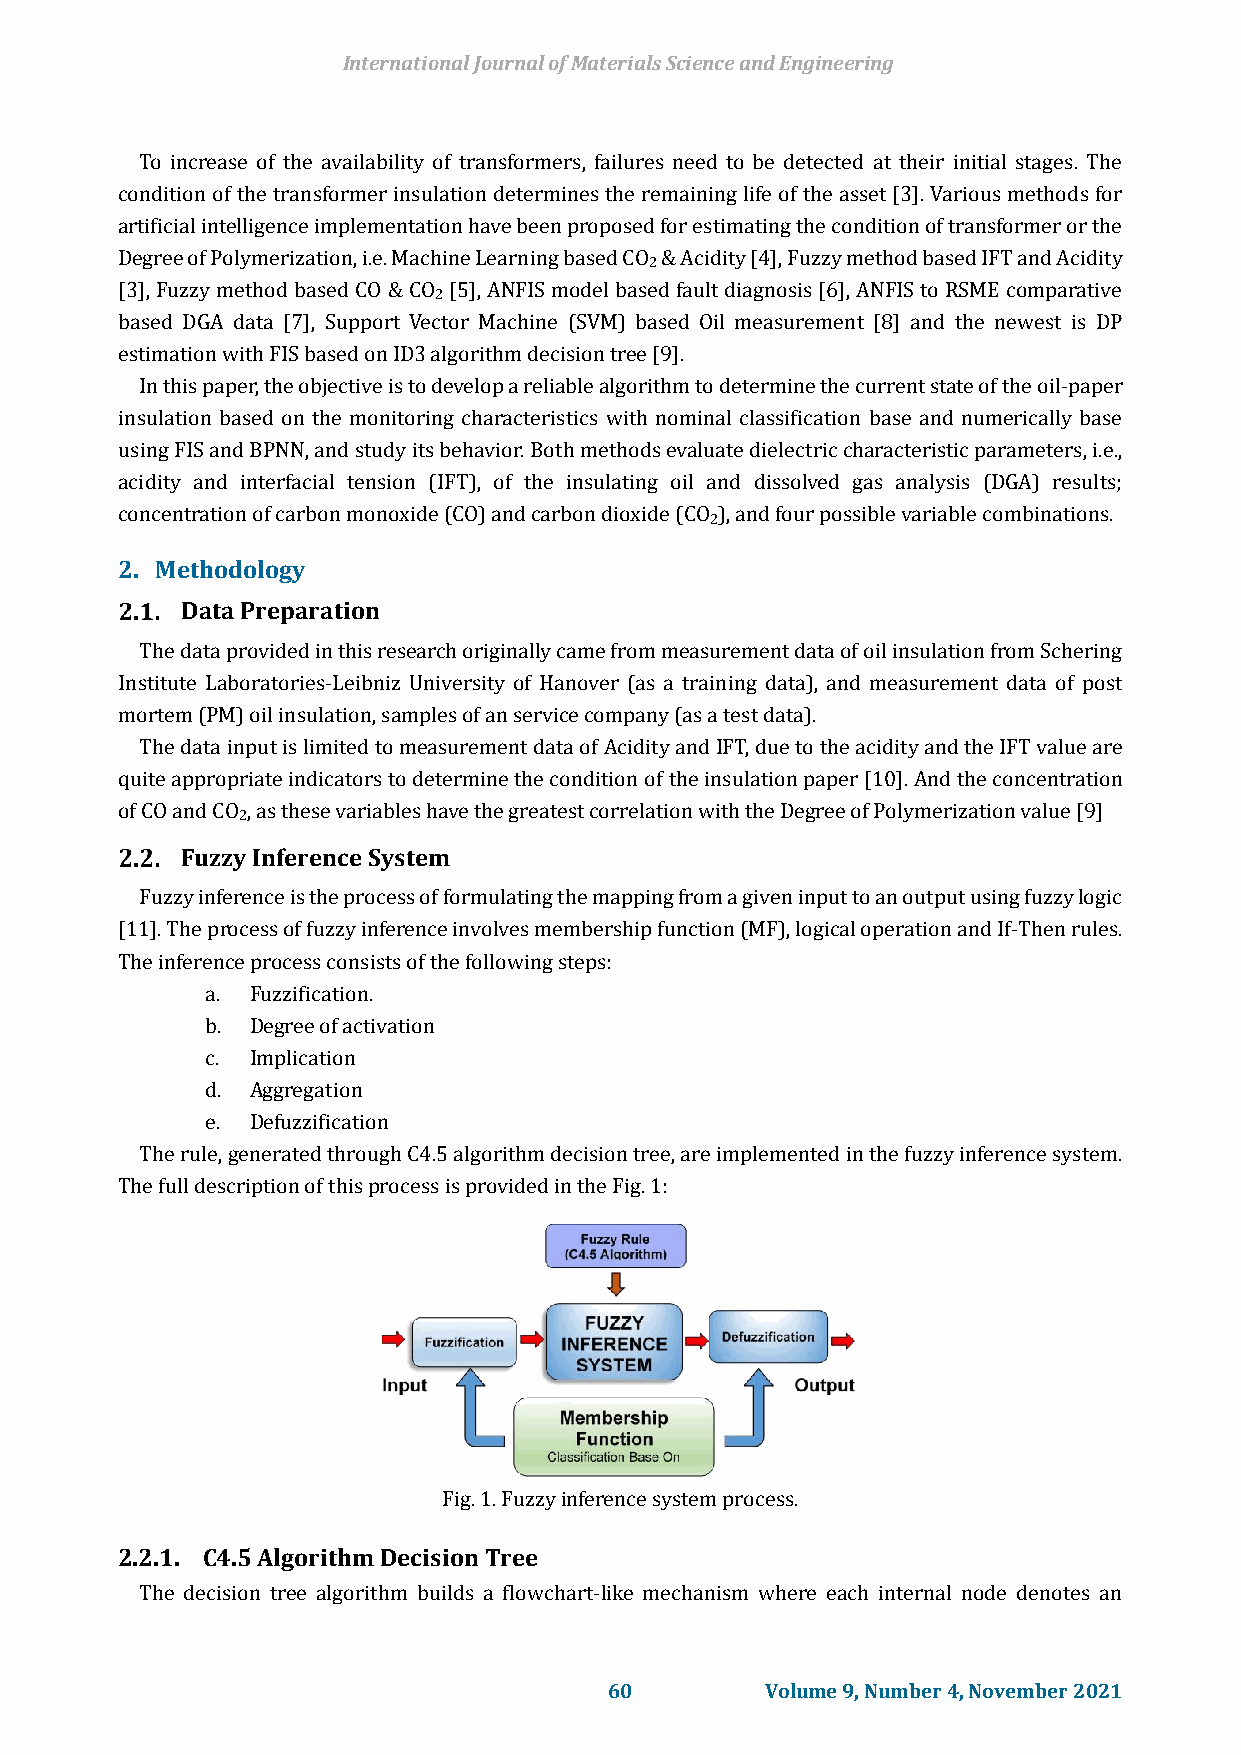
International Journal of Materials Science and Engineering
 To increase of the availability of transformers, failures need to be detected at their initial stages. The
 condition of the transformer insulation determines the remaining life of the asset [3]. Various methods for
 artificial intelligence implementation have been proposed for estimating the condition of transformer or the
 Degree of Polymerization, i.e. Machine Learning based CO & Acidity [4], Fuzzy method based IFT and Acidity
 2
 [3], Fuzzy method based CO & CO [5], ANFIS model based fault diagnosis [6], ANFIS to RSME comparative
 2
 based DGA data [7], Support Vector Machine (SVM) based Oil measurement [8] and the newest is DP
 estimation with FIS based on ID3 algorithm decision tree [9].
 In this paper, the objective is to develop a reliable algorithm to determine the current state of the oil-paper
 insulation based on the monitoring characteristics with nominal classification base and numerically base
 using FIS and BPNN, and study its behavior. Both methods evaluate dielectric characteristic parameters, i.e.,
 acidity and interfacial tension (IFT), of the insulating oil and dissolved gas analysis (DGA) results;
 concentration of carbon monoxide (CO) and carbon dioxide (CO ), and four possible variable combinations.
 2
 2. Methodology
 Data Preparation
 The data provided in this research originally came from measurement data of oil insulation from Schering
 Institute Laboratories-Leibniz University of Hanover (as a training data), and measurement data of post
 mortem (PM) oil insulation, samples of an service company (as a test data).
 The data input is limited to measurement data of Acidity and IFT, due to the acidity and the IFT value are
 quite appropriate indicators to determine the condition of the insulation paper [10]. And the concentration
 of CO and CO , as these variables have the greatest correlation with the Degree of Polymerization value [9]
 2
 Fuzzy Inference System
 Fuzzy inference is the process of formulating the mapping from a given input to an output using fuzzy logic
 [11]. The process of fuzzy inference involves membership function (MF), logical operation and If-Then rules.
 The inference process consists of the following steps:
 a. Fuzzification.
 b. Degree of activation
 c. Implication
 d. Aggregation
 e. Defuzzification
 The rule, generated through C4.5 algorithm decision tree, are implemented in the fuzzy inference system.
 The full description of this process is provided in the Fig. 1:
 Fig. 1. Fuzzy inference system process.
 2.2.1. C4.5 Algorithm Decision Tree
 The decision tree algorithm builds a flowchart-like mechanism where each internal node denotes an
 60         Volume 9, Number 4, November 2021